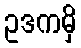
ဥဒကမှိ